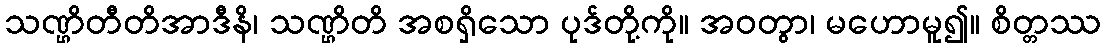
သဏ္ဌိတီတိအာဒီနိ၊ သဏ္ဌိတိ အစရှိသော ပုဒ်တို့ကို။ အဝတွာ၊ မဟောမူ၍။ စိတ္တဿ